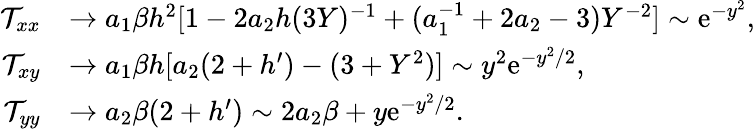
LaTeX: \begin{array}{rl}{\mathcal{T}_{xx}}&{\to a_{1}\beta h^{2}[1-2a_{2}h(3Y)^{-1}+(a_{1}^{-1}+2a_{2}-3)Y^{-2}]\sim\textrm{e}^{-y^{2}},}\\ {\mathcal{T}_{xy}}&{\to a_{1}\beta h[a_{2}(2+h^{\prime})-(3+Y^{2})]\sim y^{2}\textrm{e}^{-y^{2}/2},}\\ {\mathcal{T}_{yy}}&{\to a_{2}\beta(2+h^{\prime})\sim 2a_{2}\beta+y\textrm{e}^{-y^{2}/2}.}\end{array}